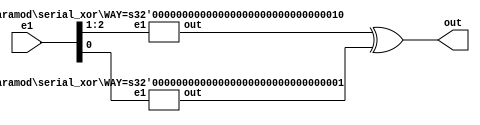
module serial_xor(out, e1);
   parameter WAY = 3;
   parameter N1 = (WAY / 2) + (WAY % 2);
   parameter N2 = WAY / 2;

   input [WAY-1:0] e1;
   output 	    out;

   wire 	    W1, W2;

   if (WAY == 1)
     assign out = e1[0];

   else if (WAY == 2)
     xor xor1(out, e1[0], e1[1]);

   else if (WAY > 2)
     begin
	xor xor0(out, W1, W2);
	serial_xor #(.WAY(N1)) recall1(W1, e1[WAY - 1 : WAY - N1]);
	serial_xor #(.WAY(N2)) recall2(W2, e1[N2 - 1 : 0]);
     end
endmodule